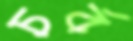
চর্ব